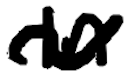
Text: In
Cross-out: wave
Writing tool: digital_black